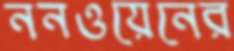
ননওয়েনের